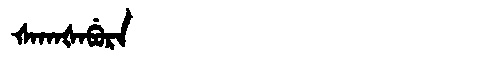
Manchu: ᡧᠠᡴᠠᡧᠠᠪᡠᡵᠠ
Romanization: ŠAKAŠABURA